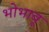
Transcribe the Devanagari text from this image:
भोभावू